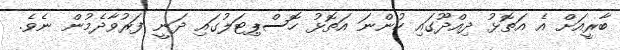
ބާރީއަށް އެ އަތޮޅު ދިއްދޫގައި ހުންނަ އަތޮޅު ހޮސްޕިޓަލުގައި ދަނީ ފަރުވާދެމުން ނެވެ.